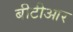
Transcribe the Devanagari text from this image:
बीटीआर